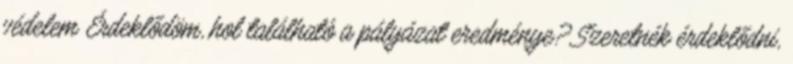
védelem Érdeklődöm, hol található a pályázat eredménye? Szeretnék érdeklődni,